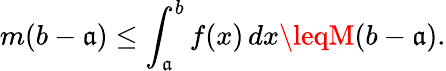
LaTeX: m(b-\mathfrak{a})\leq\int_{\mathfrak{a}}^{b}f(x)\, dx\leqM(b-\mathfrak{a}).